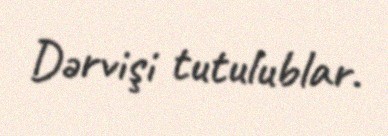
Dərvişi tutulublar.